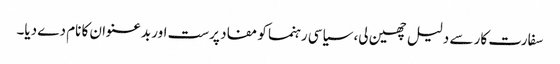
سفارت کار سے دلیل چھین لی، سیاسی رہنما کو مفاد پرست اور بدعنوان کا نام دے دیا۔